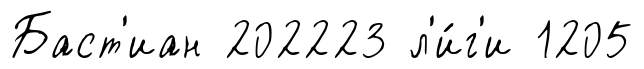
Баст'иан 202223 л'и́г'и 1205